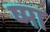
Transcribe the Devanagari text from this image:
ष्मा